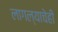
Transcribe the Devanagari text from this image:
लागल्याचेही